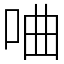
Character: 㖆